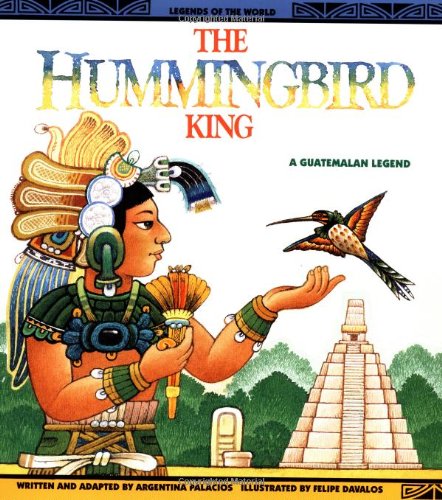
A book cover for Hummingbird King - Pbk (Legends of the World); Palacios; Children's Books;